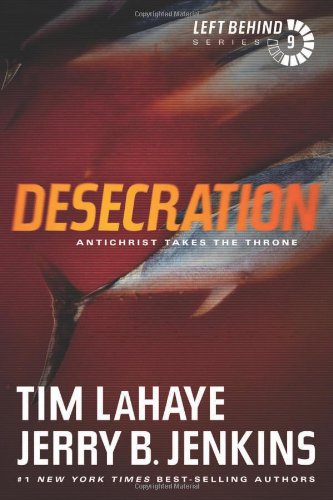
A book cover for Desecration: Antichrist Takes the Throne (Left Behind); Tim LaHaye; Christian Books & Bibles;